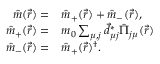
\begin{array} { r l } { \hat { m } ( \vec { r } ) = } & { \hat { m } _ { + } ( \vec { r } ) + \hat { m } _ { - } ( \vec { r } ) , } \\ { \hat { m } _ { + } ( \vec { r } ) = } & { m _ { 0 } \sum _ { \mu , j } \vec { d } _ { \mu j } ^ { * } \hat { \Pi } _ { j \mu } ( \vec { r } ) } \\ { \hat { m } _ { - } ( \vec { r } ) = } & { \hat { m } _ { + } ( \vec { r } ) ^ { \dagger } . } \end{array}